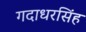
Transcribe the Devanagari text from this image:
गदाधरसिंह